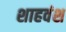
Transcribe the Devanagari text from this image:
शाहवंश